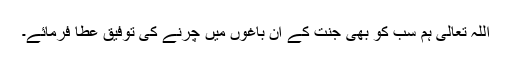
اللہ تعالیٰ ہم سب کو بھی جنت کے ان باغوں میں چرنے کی توفیق عطا فرمائے۔